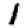
Digit: 1